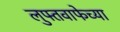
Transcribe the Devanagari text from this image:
लुफ्तवाफेच्या